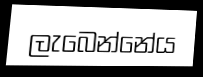
ලැබෙන්නේය